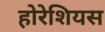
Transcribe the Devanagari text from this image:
होरेशियस